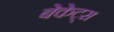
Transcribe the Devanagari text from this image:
बेकेट्स